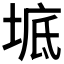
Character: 𡍓